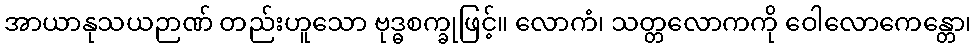
အာယာနုသယဉာဏ် တည်းဟူသော ဗုဒ္ဓစက္ခုဖြင့်။ လောကံ၊ သတ္တလောကကို ဝေါလောကေန္တော၊